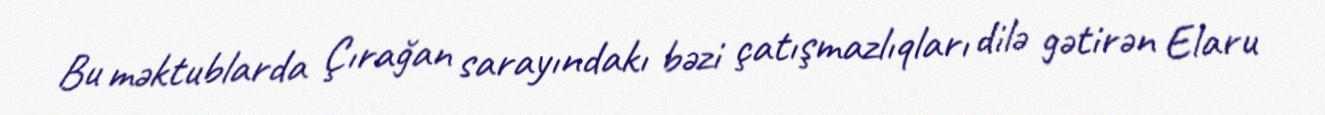
Bu məktublarda Çırağan sarayındakı bəzi çatışmazlıqları dilə gətirən Elaru